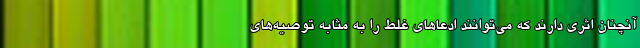
آنچنان اثری دارند که می‌توانند ادعا‌های غلط را به مثابه توصیه‌های